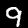
Label: 9